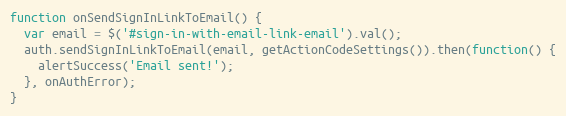
Language: JavaScript
function onSendSignInLinkToEmail() {
  var email = $('#sign-in-with-email-link-email').val();
  auth.sendSignInLinkToEmail(email, getActionCodeSettings()).then(function() {
    alertSuccess('Email sent!');
  }, onAuthError);
}